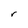
Character: r